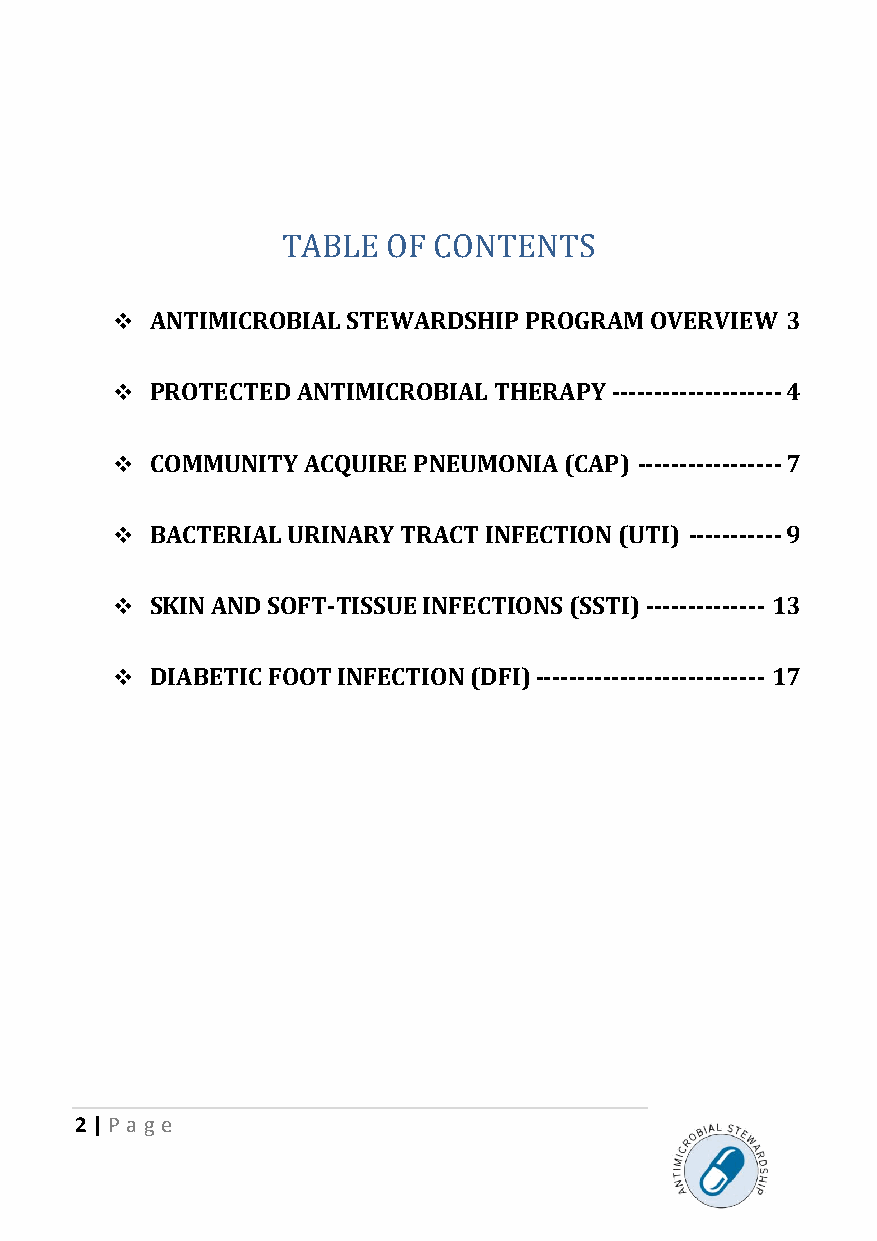
TABLE  OF CONTENTS
 ❖  ANTIMICROBIAL STEWARDSHIP PROGRAM OVERVIEW 3
 ❖  PROTECTED ANTIMICROBIAL THERAPY -------------------- 4
 ❖  COMMUNITY ACQUIRE PNEUMONIA (CAP) ----------------- 7
 ❖  BACTERIAL URINARY TRACT INFECTION (UTI) ----------- 9
 ❖  SKIN AND SOFT-TISSUE INFECTIONS (SSTI) -------------- 13
 ❖  DIABETIC FOOT INFECTION (DFI) --------------------------- 17
 2 | P age